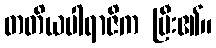
တတိယပါရာဇိက ပြီး၏။